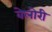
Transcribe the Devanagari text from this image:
वेलोरी